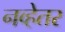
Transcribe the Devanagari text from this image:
नव्हेतर